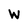
Character: w